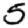
Digit: 5